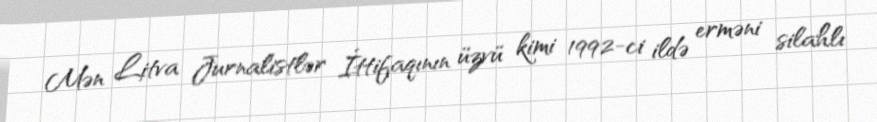
Mən Litva Jurnalistlər İttifaqının üzvü kimi 1992-ci ildə erməni silahlı